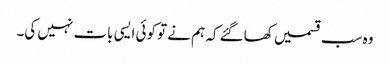
وہ سب قسمیں کھاگئے کہ ہم نے تو کوئی ایسی بات نہیں کی۔